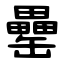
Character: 罍